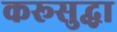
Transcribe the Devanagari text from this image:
करूसुद्धा